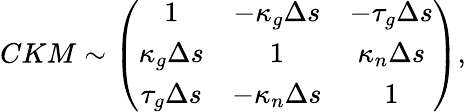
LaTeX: CKM\sim\left(\begin{array}{ccc}{{1}}&{{-\kappa_{g}\Delta s}}&{{-\tau_{g}\Delta s}}\\ {{\kappa_{g}\Delta s}}&{{1}}&{{\kappa_{n}\Delta s}}\\ {{\tau_{g}\Delta s}}&{{-\kappa_{n}\Delta s}}&{{1}}\end{array}\right),